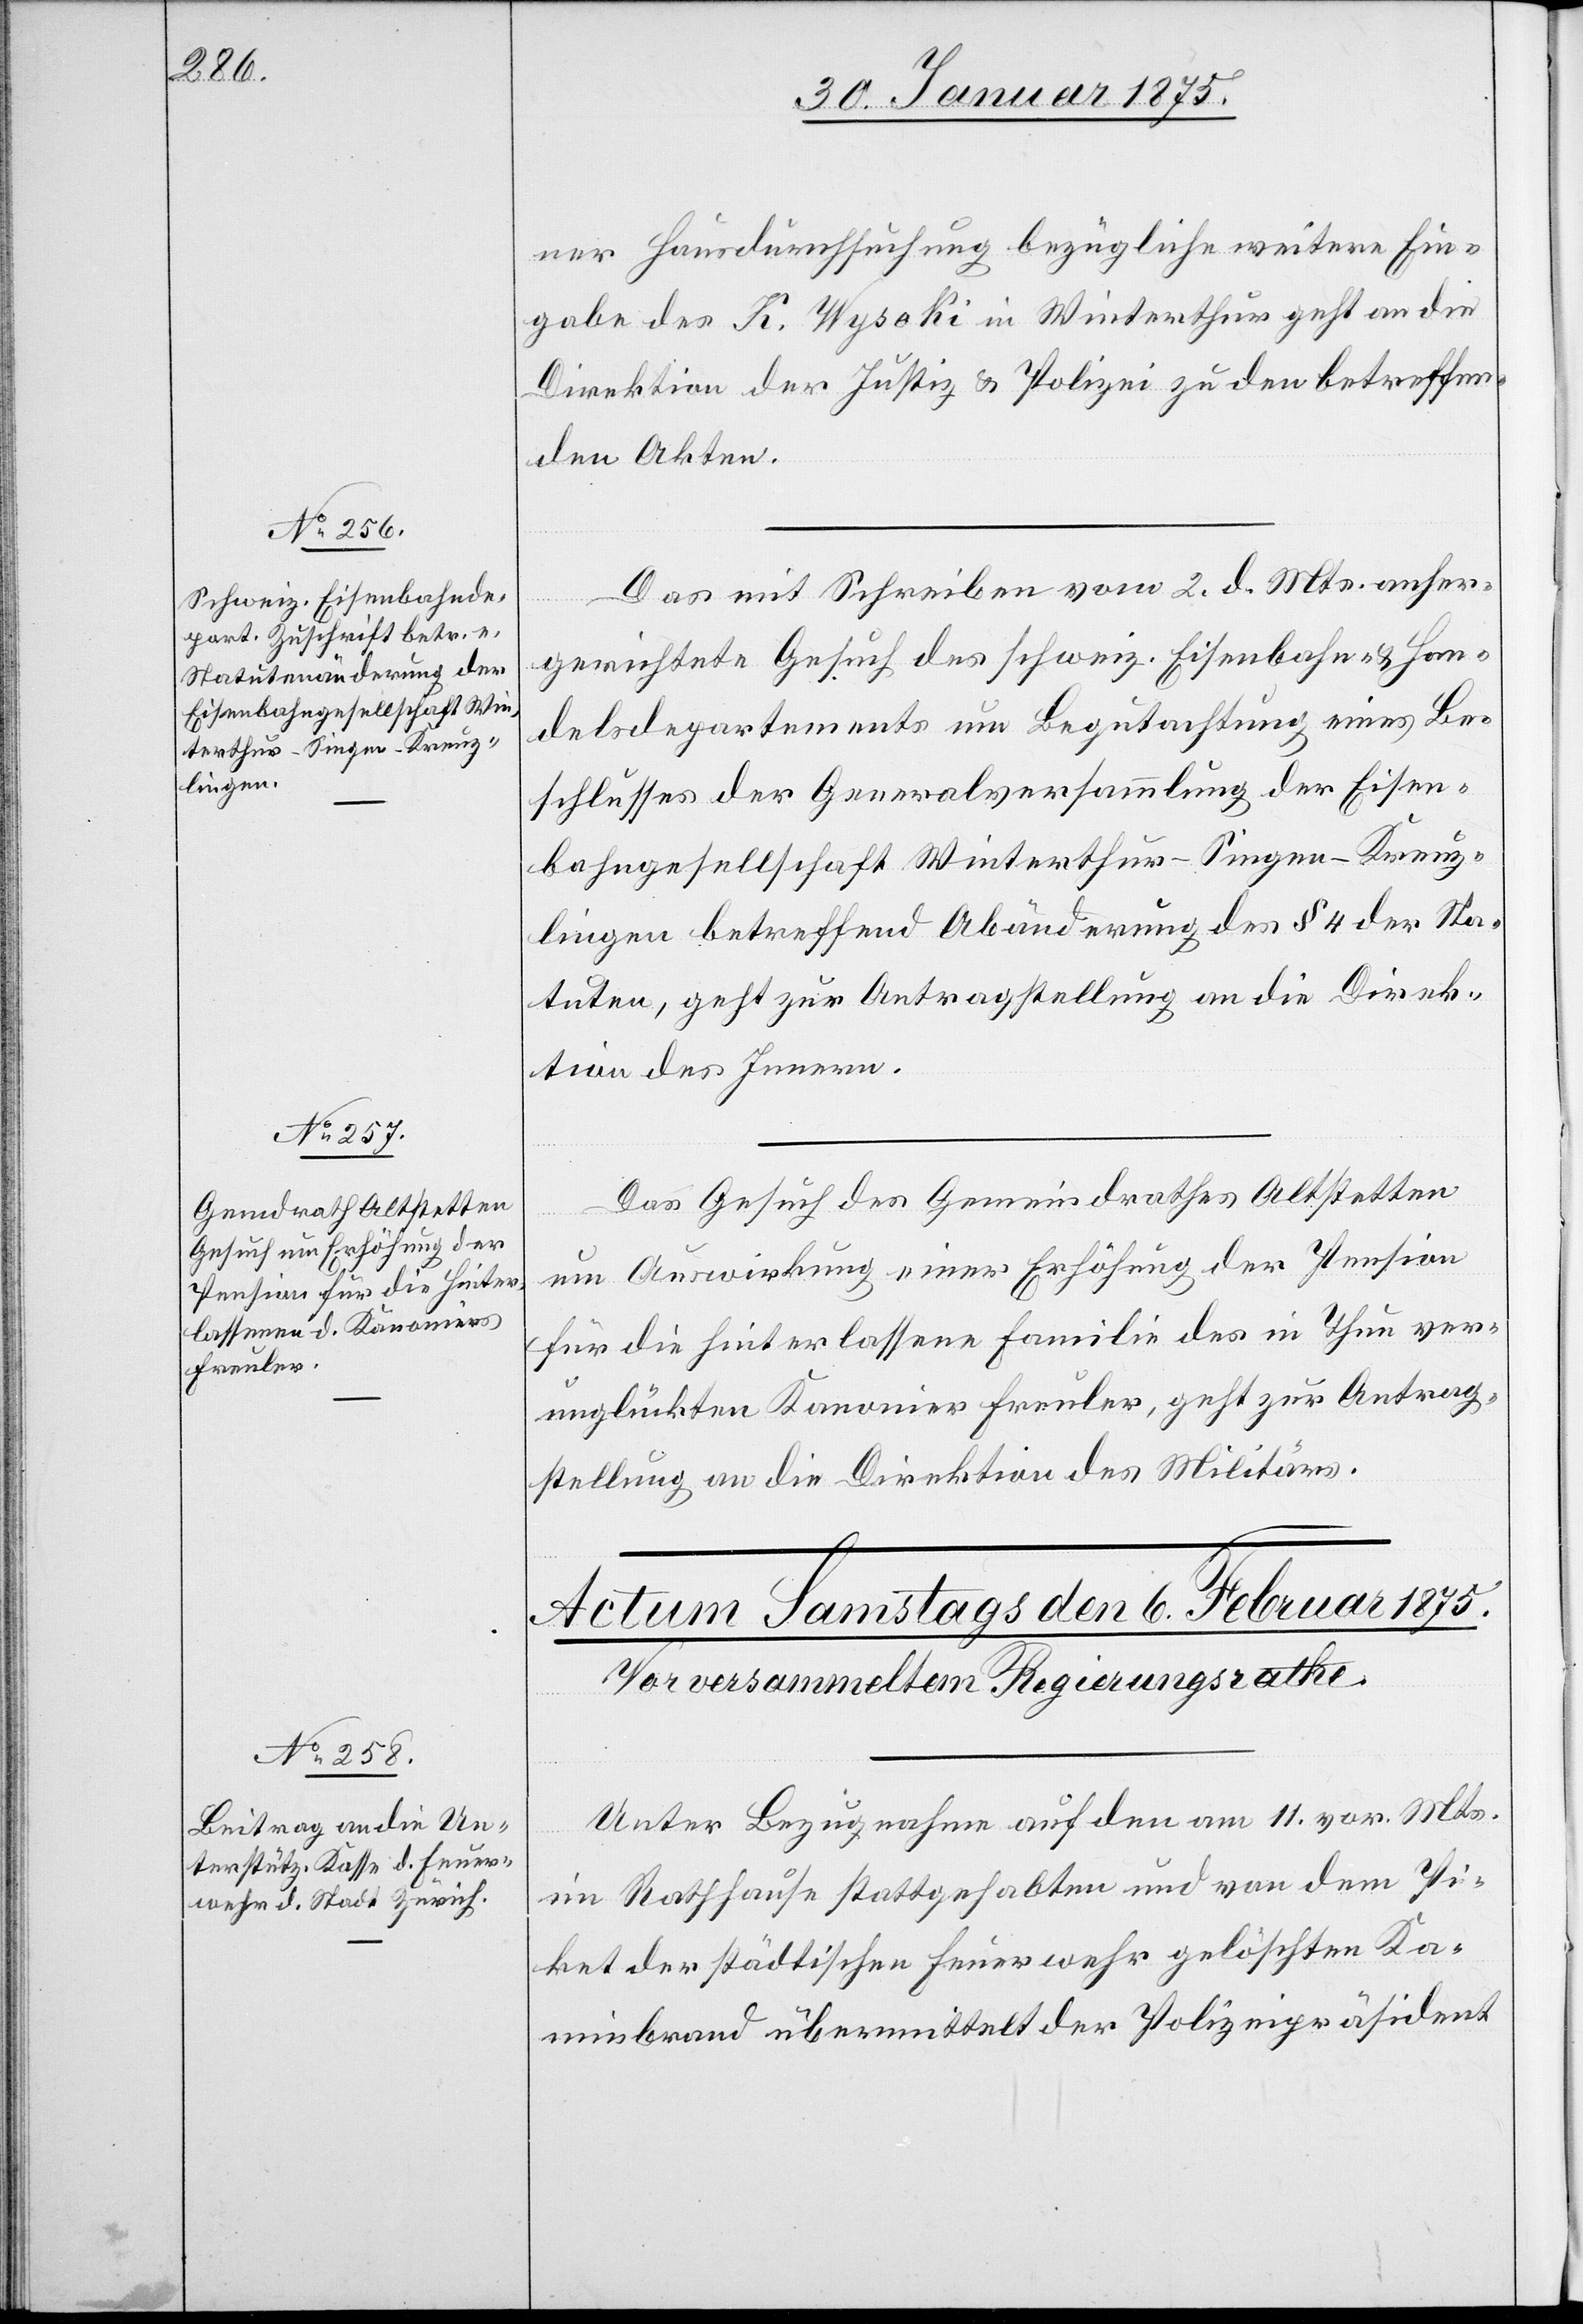
ner Hausdurchsuchung bezügliche weitere Ein¬
gabe des K. Wysoki in Winterthur geht an die
Direktion der Justiz & Polizei zu den betreffen¬
den Akten.
Das mit Schreiben vom 2. d. Mts. anher¬
gerichtete Gesuch des schweiz. Eisenbahn- u. Han¬
delsdepartements um Begutachtung eines Be¬
schlusses der Generalversammlung der Eisen¬
bahngesellschaft Winterthur–Singen–Kreuz¬
lingen betreffend Abänderung des § 4 der Sta¬
tuten, geht zur Antragstellung an die Direk¬
tion des Innern.
Das Gesuch des Gemeindrathes Altstetten
5.
um Auswirkung einer Erhöhung der Pension
für die hinterlassene Familie des in Thun ver¬
unglückten Kanonier Freuler, geht zur Antrag¬
stellung an die Direktion des Militärs.
Unter Bezugnahme auf den am 11. vor. Mts.
im Rathhause stattgehabten und von dem Pi¬
ket der städtischen Feuerwehr gelöschten Ka¬
minbrand übermittelt der Polizeipräsident